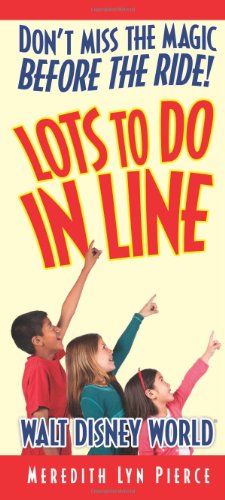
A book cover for Lots to Do In Line: Walt Disney World; Meredith Lyn Pierce; Travel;